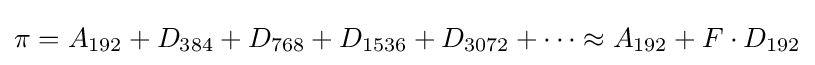
{}\pi =A_{192}+D_{384}+D_{768}+D_{1536}+D_{3072}+\cdots \approx A_{192}+F\cdot D_{192}